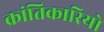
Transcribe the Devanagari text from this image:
क्रांतिकारियो